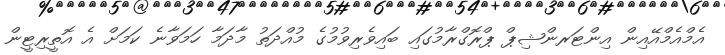
އެމްއެމްއޭއިން އިންޓަރންޝިޕް ޕްރޮގްރާމުގައި ބައިވެރިވުމުގެ މުއްދަތު މާދަމާ ހަމަވާނެ ކަމަށް އެ އޮތީރިޓީން